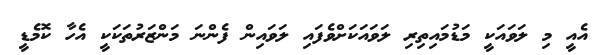
އެއީ މި ލަވައަކީ މަޑުމައިތިރި ލަވައަކަށްވެފައި ލަވައިން ފެންނަ މަންޒަރުތަކަކީ އެހާ ކޮމެޑީ